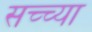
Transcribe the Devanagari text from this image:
सच्च्या